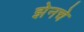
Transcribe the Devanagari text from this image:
झेनचे